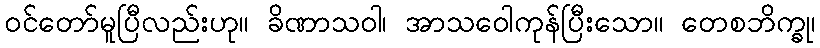
ဝင်တော်မူပြီလည်းဟု။ ခိဏာသဝါ၊ အာသဝေါကုန်ပြီးသော။ တေစဘိက္ခု၊